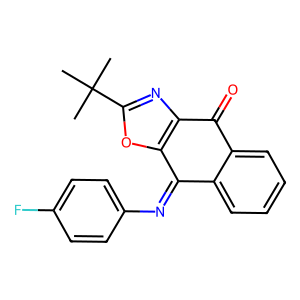
SMILES: CC(C)(C)c1nc2c(o1)C(=Nc1ccc(F)cc1)c1ccccc1C2=O
Inhibits HIV replication: No